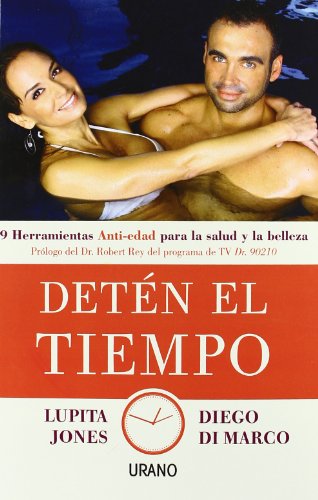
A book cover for Deten el tiempo (Spanish Edition); Lupita Jones; Health, Fitness & Dieting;